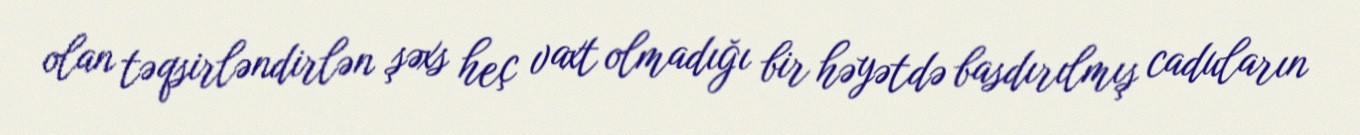
olan təqsirləndirlən şəxs heç vaxt olmadığı bir həyətdə basdırılmış caduların